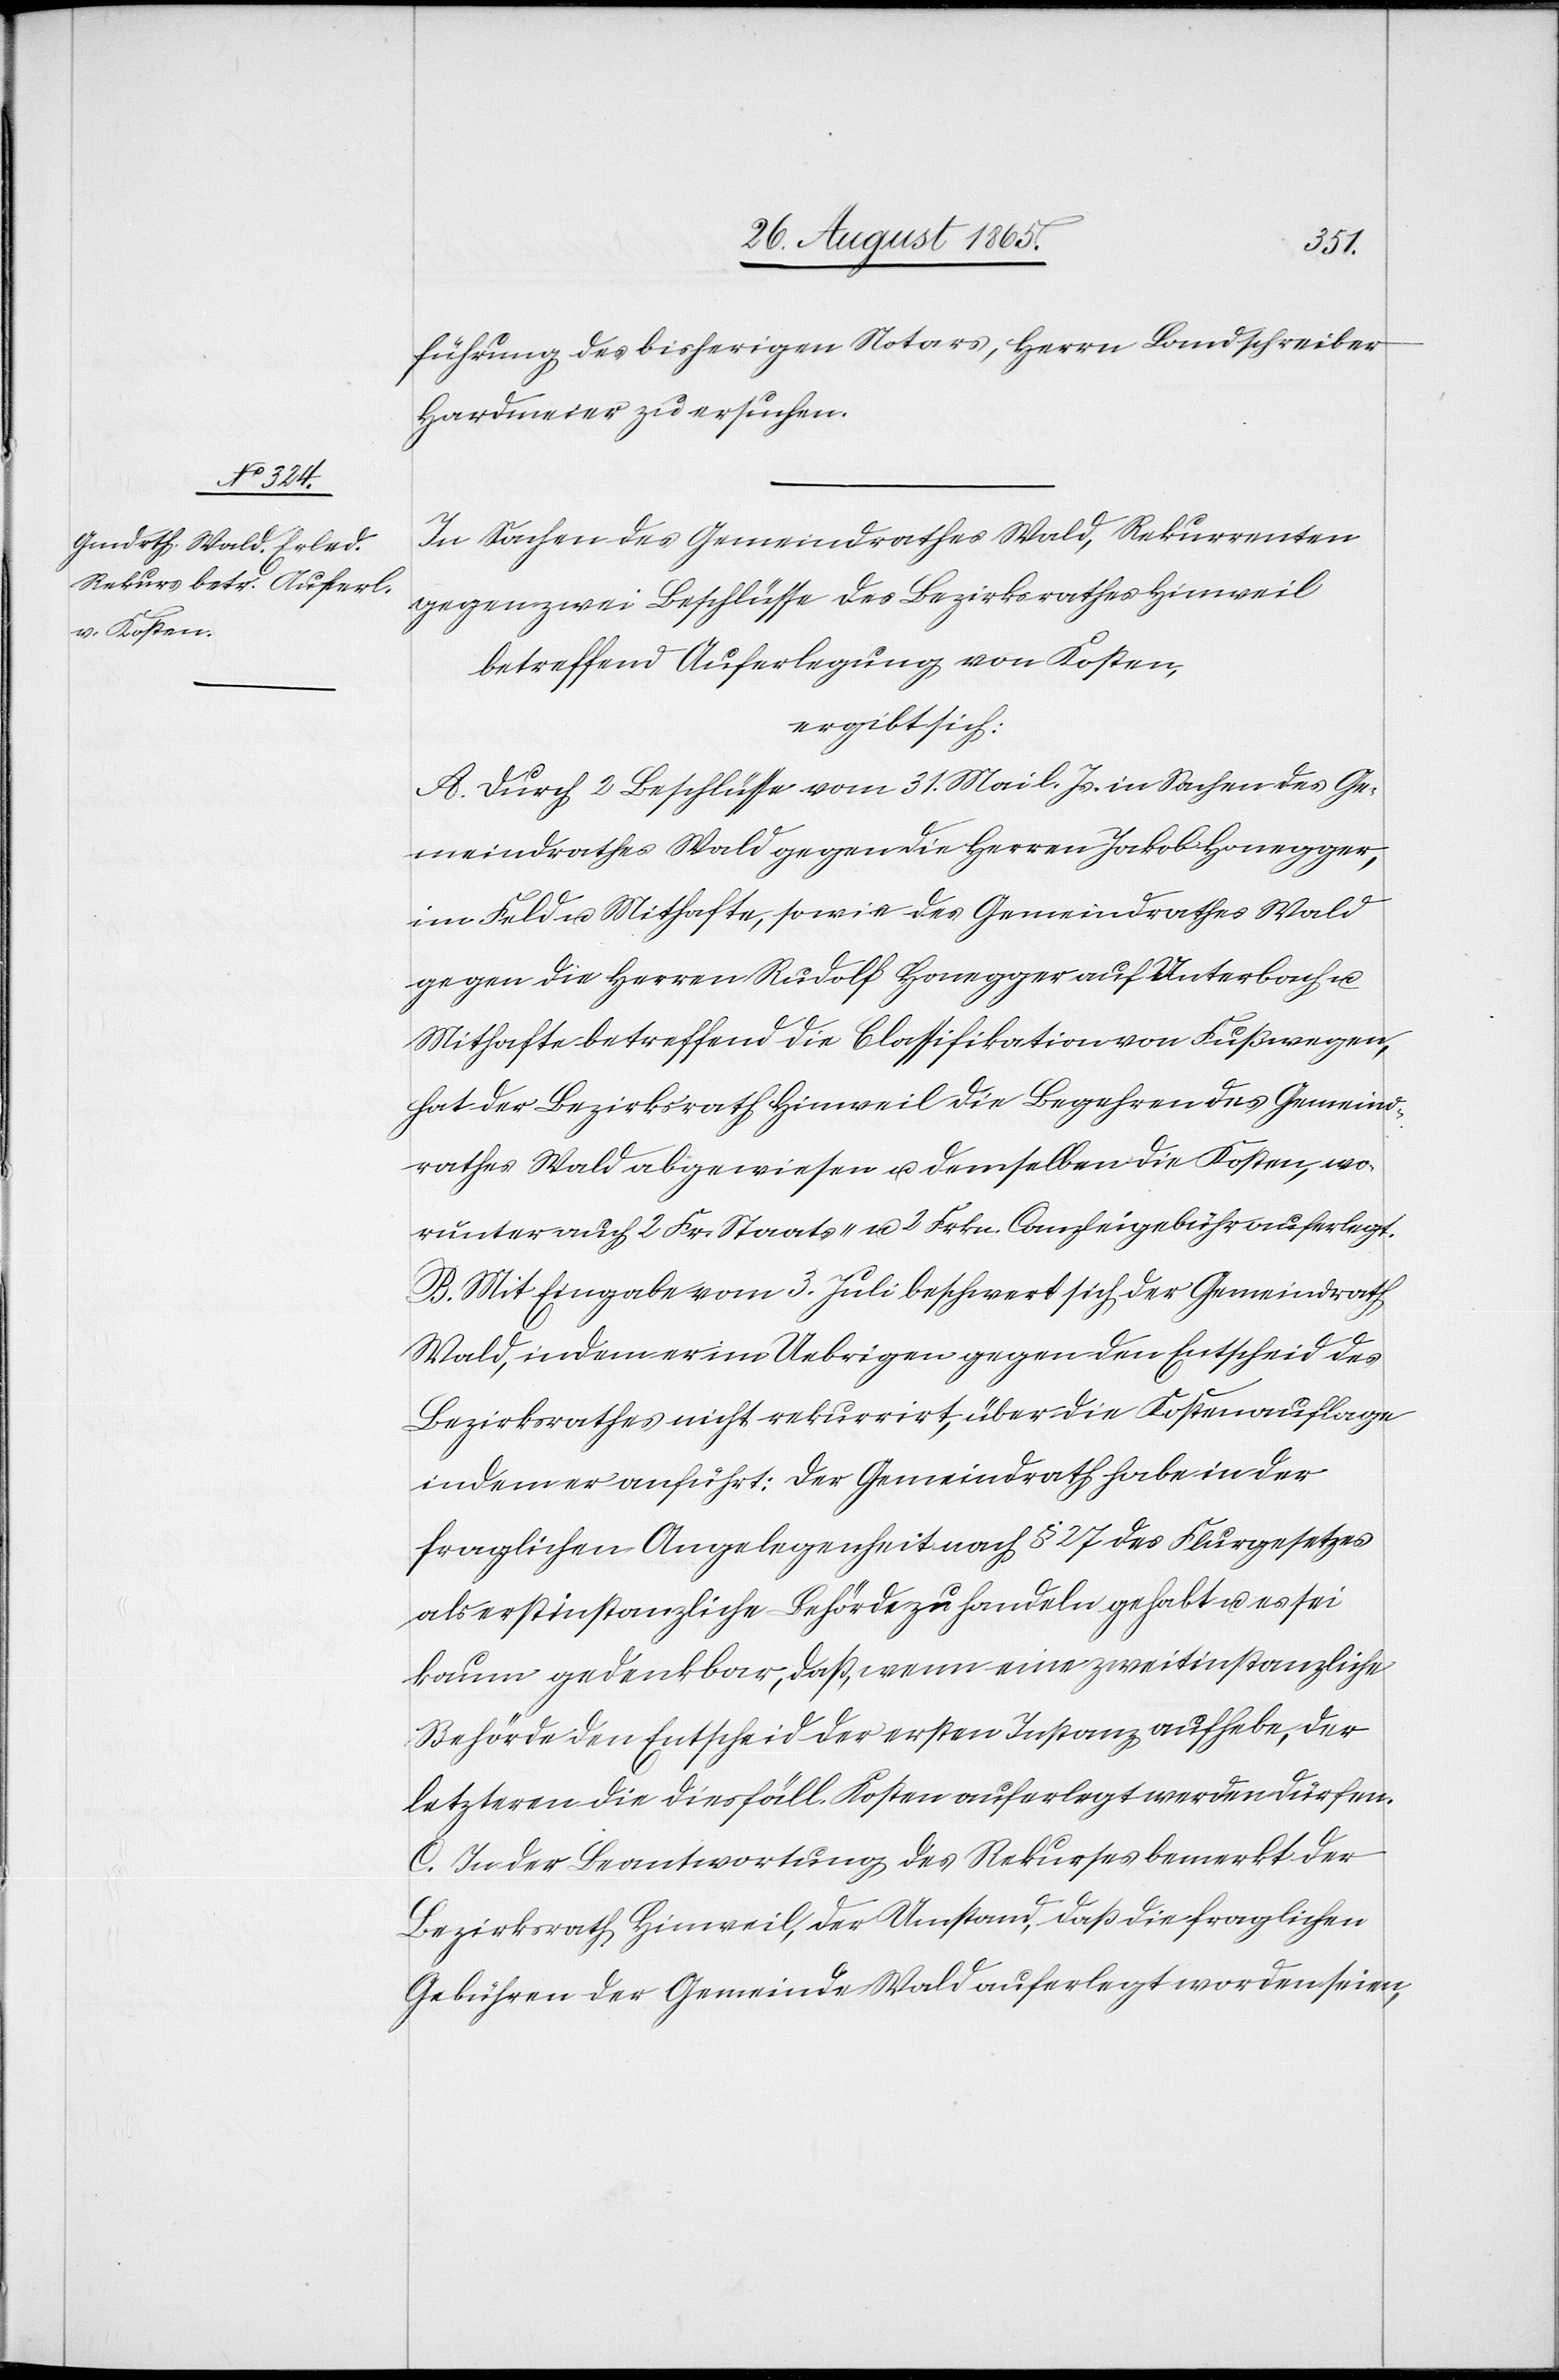
führung des bisherigen Notars, Herrn Landschreiber
Hardmeier zu ersuchen.
In Sachen des Gemeindrathes Wald, Rekurrenten
gegen zwei Beschlüsse des Bezirksrathes Hinweil
betreffend Auferlegung von Kosten,
ergibt sich:
A. Durch 2 Beschlüsse vom 31. Mai l. Js. in Sachen des Ge¬
meindrathes Wald gegen die Herren Jakob Honegger,
im Feld u. Mithafte, so wie des Gemeindrathes Wald
gegen die Herren Rudolf Honegger auf Unterbach u.
Mithafte betreffend die Classifikation von Fußwegen,
hat der Bezirksrath Hinweil die Begehren des Gemeind¬
raths Wald abgewiesen u. demselben die Kosten, wo¬
runter auch 2 Fr. Staats- u. 2 Frkn. Canzleigebühr auferlegt.
B. Mit Eingabe vom 3. Juli beschwert sich der Gemeindrath
Wald, indem er im Uebrigen gegen den Entscheid des
Bezirksrathes nicht rekurrirt, über die Kostenauflage
indem er anführt: Der Gemeindrath habe in der
fraglichen Angelegenheit nach § 27 des Flurgesetzes
als erstinstanzliche Behörde zu handeln gehabt u. es sei
kaum gedenkbar, daß, wenn eine zweitinstanzliche
Behörde den Entscheid der ersten Instanz aufhebe, der
letzteren die diesfäll. Kosten auferlegt werden dürfen.
C. In der Beantwortung des Rekurses bemerkt der
Bezirksrath Hinweil, der Umstand, daß die fraglichen
Gebühren der Gemeinde Wald auferlegt worden seien,